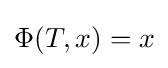
\Phi (T,x)=x